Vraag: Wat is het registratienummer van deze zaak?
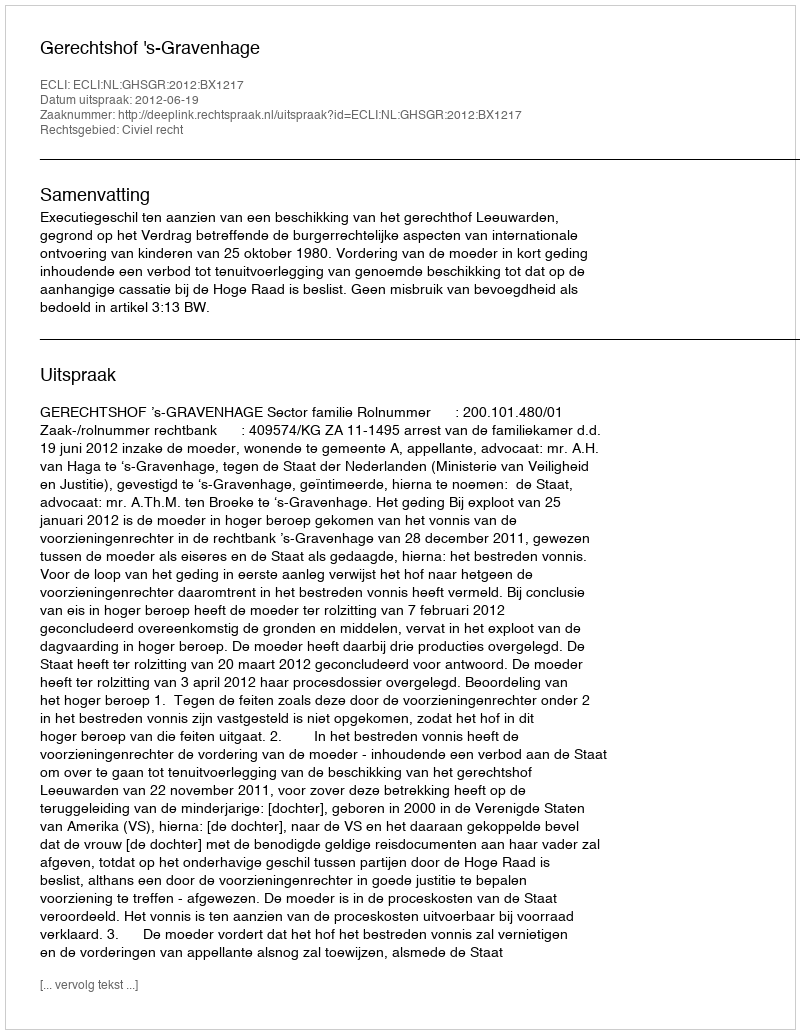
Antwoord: http://deeplink.rechtspraak.nl/uitspraak?id=ECLI:NL:GHSGR:2012:BX1217